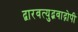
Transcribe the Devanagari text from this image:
द्वारवत्युद्भवाद्गोपी